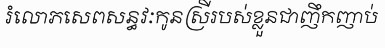
រំលោភសេពសន្ធវៈកូនស្រីរបស់ខ្លួនជាញឹកញាប់